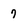
Character: 7